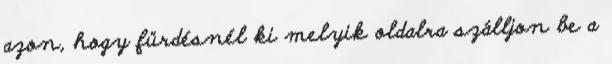
azon, hogy fürdésnél ki melyik oldalra szálljon be a